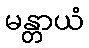
မန္တာယံ